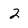
Character: 2